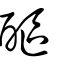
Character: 醧